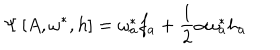
LaTeX: \Psi \left[ A , \omega ^ { * } , h \right] = \omega _ { a } ^ { * } f _ { a } + \frac { 1 } { 2 } \alpha \omega _ { a } ^ { * } h _ { a }